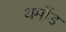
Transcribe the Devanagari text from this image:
थमोंड